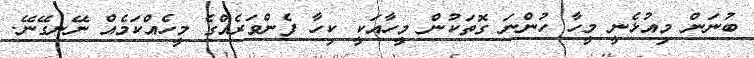
ބުނަން މިއުޅެނީ މީހާ ހުންނަ ގޮތަކުން މީހާއަކީ ކިހާ ފެންވަރެއްގެ މީހެއްކަމެއް ނޭނގޭނޭ.